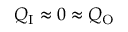
Q _ { \mathrm { I } } \approx 0 \approx Q _ { \mathrm { O } }